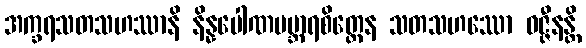
အက္ခရသတသဟဿာနိ နိန္နပေါဏပဗ္ဘာရစိတ္တေန သတသဟဿော ဝဇ္ဇီနန္တိ